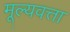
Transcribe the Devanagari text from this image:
मूल्यवत्ता